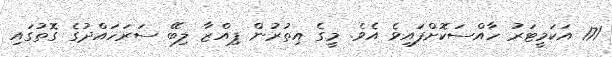
171 އަކަމީޓަރު ހާއްސަކޮށްފައިވެ އެވެ. މީގެ އިތުރުން ޕިއްޒާ ލިބޭ ސަރަހައްދުގެ ގޮތުގައި